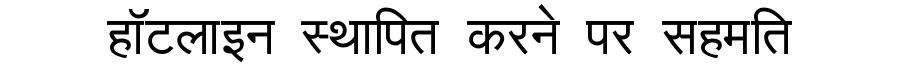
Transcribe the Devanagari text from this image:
हॉटलाइन स्थापित करने पर सहमति